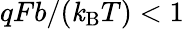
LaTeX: qFb/(\mathit{k}_{\mathrm{{B}}}T)<1